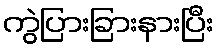
ကွဲပြားခြားနားပြီး